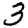
Digit: 3